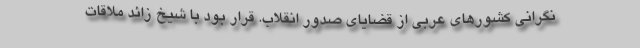
نگرانی کشورهای عربی از قضایای صدور انقلاب. قرار بود با شیخ زائد ملاقات